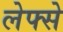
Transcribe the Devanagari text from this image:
लेफ्से